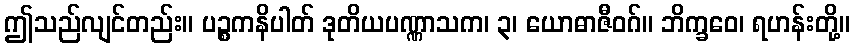
ဤသည်လျင်တည်း။ ပဉ္စကနိပါတ် ဒုတိယပဏ္ဏာသက၊ ၃၊ ယောဓာဇီဝဂ်။ ဘိက္ခဝေ၊ ရဟန်းတို့။